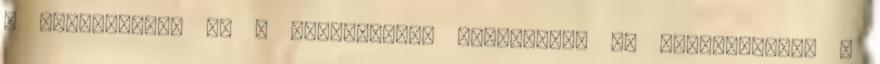
a koordináció és a nagymotoros készségek. És remélhetőleg a